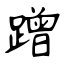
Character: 蹭